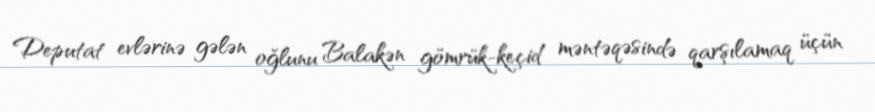
Deputat evlərinə gələn oğlunu Balakən gömrük-keçid məntəqəsində qarşılamaq üçün